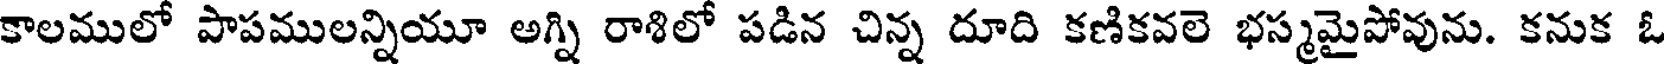
కాలములో పాపములన్నియూ అగ్ని రాశిలో పడిన చిన్న దూది కణికవలె భస్మమైపోవును. కనుక ఓ